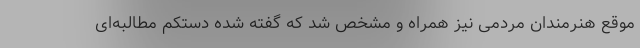
موقع هنرمندان مردمی نیز همراه و مشخص شد که گفته شده دستکم مطالبه‌ای